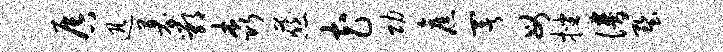
唇迅募鄂森慈花功旧署母挫谱墅